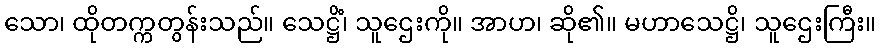
သော၊ ထိုတက္ကတွန်းသည်။ သေဋ္ဌိံ၊ သူဌေးကို။ အာဟ၊ ဆို၏။ မဟာသေဋ္ဌိ၊ သူဌေးကြီး။